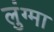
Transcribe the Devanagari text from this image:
लुंग्मा